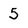
Character: 5